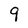
Character: 9